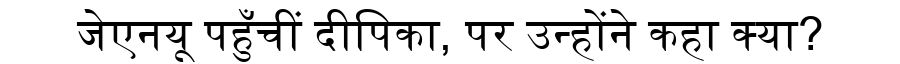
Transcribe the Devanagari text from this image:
जेएनयू पहुँचीं दीपिका, पर उन्होंने कहा क्या?